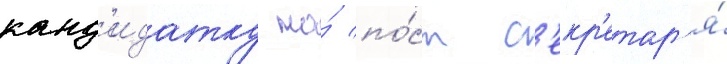
канд'идатку на́ по́ст с'екр'етар'я́